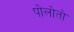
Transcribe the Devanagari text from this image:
पोलोतो